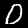
Digit: 0